Report on the nature of kala-azar
Disease focus: Kala-Azar
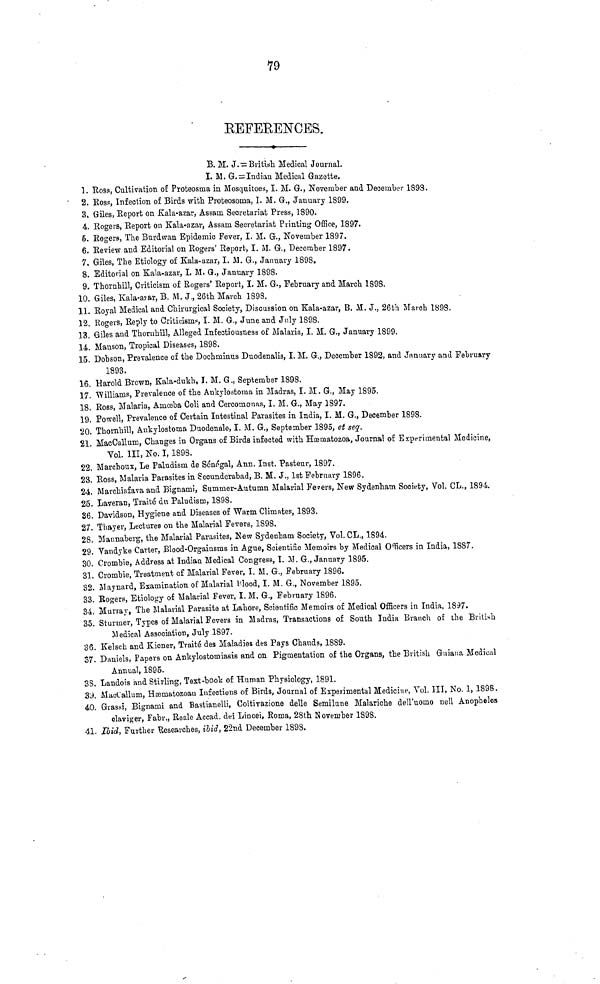
79
REFEBENCES.
B. M. J. = British Medical Journal.
I. M. G. = Indian Medical Gazette.
1. Ross,Cultivation of Proteosma in Mosquitoes, I. M. G., November and December 1898.
2. Ross, Infection o£ Birds with Proteosoma, I. M. G., January 1899.
3. Giles, Report on Kala-azar, Assam Secretariat Press, 1890.
4. Rogers, Report on Kala-azar, Assam Secretariat Printing Office, 1897.
6. Rogers, The Burdwan Epidemic Fever, I. M. G., November 1897.
6. Review and Editorial on Rogers' Report, I. M. G., December 1897.
7. Giles, The Etiology of Kala-azar, I. M. G., January 1898.
8. Editorial on Kala-azar, I. M. G., January 1898.
9. Thornhill, Criticism of Rogers' Report, I. M. G., February and March 1898.
10. Giles, Kala-azar, B. M. J., 26th March 1898.
11. Royal Medical and Chirurgical Society, Discussion on Kala-azar, B. M. J., 26th March 1898.
12. Rogers, Reply to Criticisms, I. M. G., June and July 1898.
13. Giles and Thoruhill, Alleged Inrectiousness of Malaria, I. M. G., January 1899.
14. Manson, Tropical Diseases, 1898.
15. Dobson, Prevalence of the Dochminus Duodenalis, I. M. G., December 1892, and January and February
1893.
16. Harold Brown, Kala-dukh, I. M. G., September 1898.
17. Williams, Prevalence of the Ankylostoma in Madras, I. M. G., May 1895.
18. Ross, Malaria, Amœba Coli and Cercomonas, I. M. G., May 1897.
19 Powell, Prevalence of Certain Intestinal Parasites in India, I. M. G., December 1898.
20. Thornhill, Ankylostoma Duodenale, I. M. G., September 1895, et seq.
21 MacCallum, Changes in Organs of Birds infected with Hæmatozoa, Journal of Experimental Medicine,
Vol. III, No. I, 1898.
22. Marchoux, Le Paludism de Senegal, Ann. Inst. Pasteur, 1897.
23. Ross, Malaria Parasites in Secunderabad, B. M. J., 1st February 1896.
24. Marchiafava and Bignami, Summer-Autumn Malarial Fevers, New Sydenham Society, Vol. CL., 1894.
25. Laveran, Traité du Paludism, 1898.
86. Davidson, Hygiene and Diseases of Warm Climates, 1893.
27. Thayer, Lectures on the Malarial Fevers, 1898.
28. Mannaberg, the Malarial Parasites, New Sydenham Society, Vol. CL., 1894.
29. Vandyke Carter, Blood-Orgainsms in Ague, Scientific Memoirs by Medical Officers in India, 1887.
30. Crombie, Address at Indian Medical Congress, I. M. G., January 1895.
31. Crombie, Treatment of Malarial Fever, I. M. G., February 1896.
32. Maynard, Examination of Malarial Blood, I. M. G., November 1895.
33. Rogers, Etiology of Malarial Fever, I. M. G., February 1896.
34 Murray, The Malarial Parasite at Lahore, Scientific Memoirs of Medical Officers in India, 1897.
35 Sturmer, Types of Malarial Fevers in Madras, Transactions of South India Branch of the British
Medical Association, July 1897.
36. Kelsch and Kiener, Traité des Maladies des Pays Chauds, 1889.
37. Daniels, Papers on Ankylostomiasis and on Pigmentation of the Organs, the British Guiana Medical
Annual, 1895.
38. Landois and Stirling, Text-book of Human Physiology, 1891.
39. MacCallum, Hæmatozoau Infectious of Birds, Journal of Experimental Medicine, Vol. III, No. 1, 1898.
40. Grassi, Bignami and Bastianelli, Coltivazione delle Semilune Malariche dell'uomo nell Anopheles
olaviger, Fabr., Reale Accad. dei Lincei, Roma, 28th November 1898.
41. Ibid, Further Researches, ibid, 22nd December 1898.